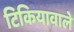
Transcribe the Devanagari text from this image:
टिकियावाले